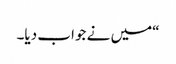
“میں نے جواب دیا۔